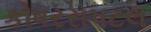
કોષરસપટલ